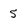
Character: 5